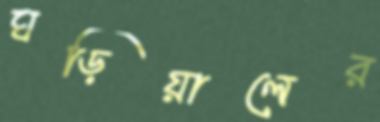
ঘড়িয়ালের